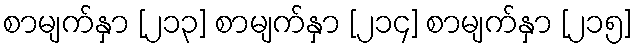
စာမျက်နှာ [၂၁၃] စာမျက်နှာ [၂၁၄] စာမျက်နှာ [၂၁၅]